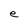
Character: e